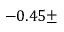
- 0 . 4 5 \pm